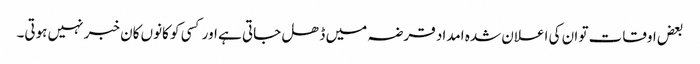
بعض اوقات تو ان کی اعلان شدہ امداد قرضہ میں ڈھل جاتی ہے اور کسی کو کانوں کان خبر نہیں ہوتی۔